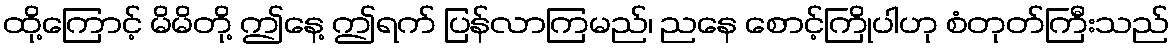
ထို့ကြောင့် မိမိတို့ ဤနေ့ ဤရက် ပြန်လာကြမည်၊ ညနေ စောင့်ကြိုပါဟု စံတုတ်ကြီးသည်